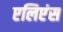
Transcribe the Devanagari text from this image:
एलिएंस